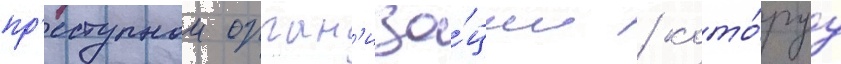
пр'еступнои орган'иза́ции / кото́руу